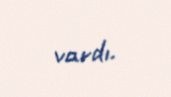
vardı.